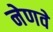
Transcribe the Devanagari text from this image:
नेणवे